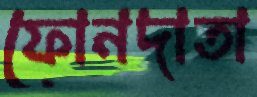
ফোনদাতা